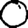
Digit: 0